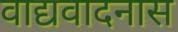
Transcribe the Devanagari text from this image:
वाद्यवादनास